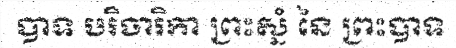
បាទ បរិចារិកា ព្រះស្នំ នៃ ព្រះបាទ